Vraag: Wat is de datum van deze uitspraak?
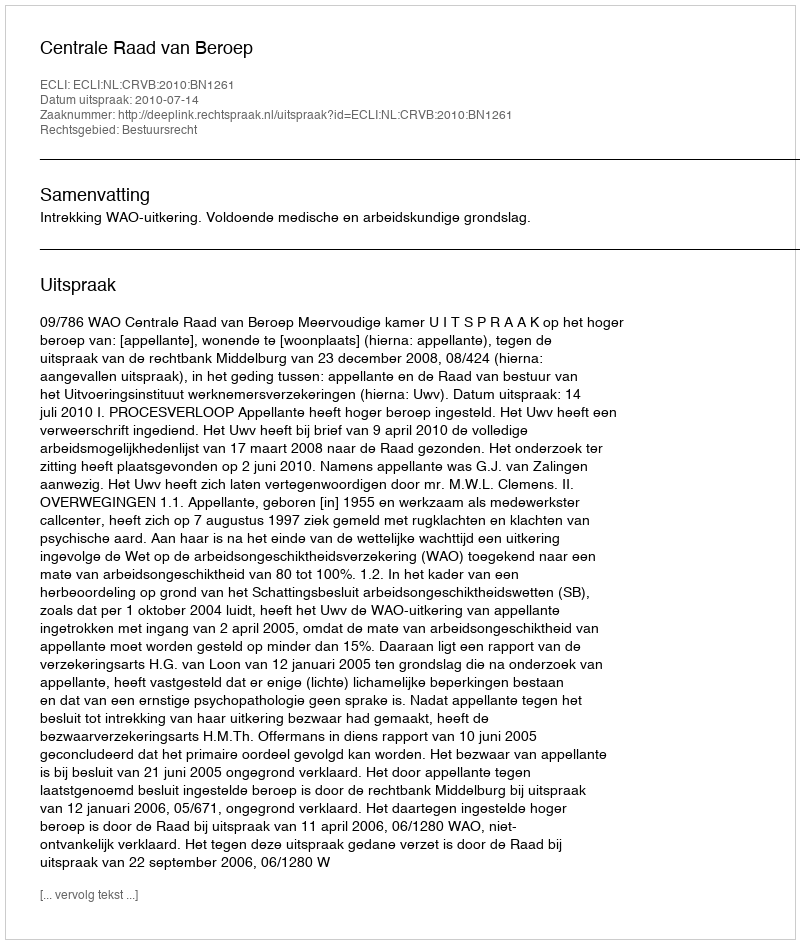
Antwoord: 2010-07-14